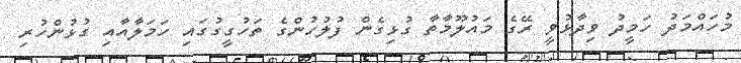
މުހައްމަދު ހަމީދު ވިދާޅުވީ ރޭގެ މައުލޫމާތާ ގުޅިގެން ފުލުހުންގެ ތަހުގީގުގައި ހަމަލާއާއި ގުޅުންހުރި